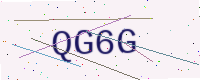
Text: QG6G